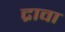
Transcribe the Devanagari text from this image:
द्रावा